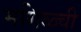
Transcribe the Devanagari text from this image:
मगिळ्ची